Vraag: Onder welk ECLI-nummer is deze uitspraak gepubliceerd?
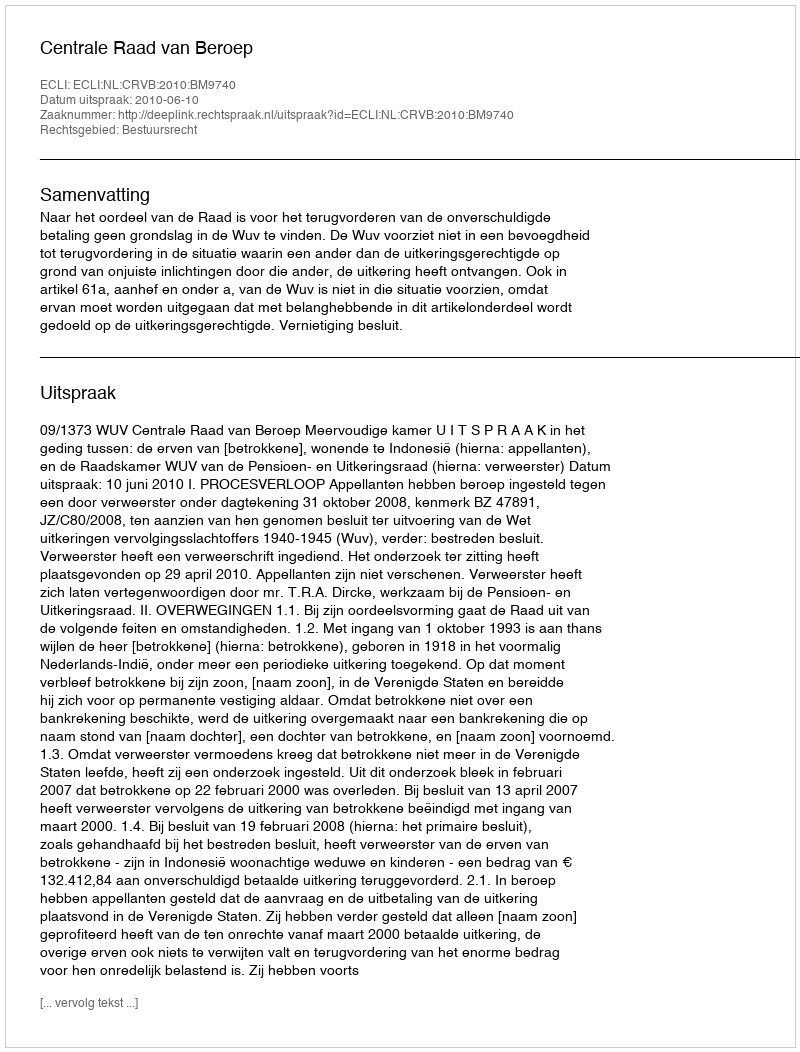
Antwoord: ECLI:NL:CRVB:2010:BM9740